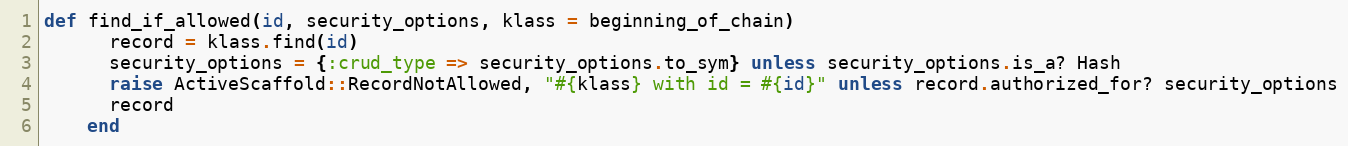
Language: Ruby
def find_if_allowed(id, security_options, klass = beginning_of_chain)
      record = klass.find(id)
      security_options = {:crud_type => security_options.to_sym} unless security_options.is_a? Hash
      raise ActiveScaffold::RecordNotAllowed, "#{klass} with id = #{id}" unless record.authorized_for? security_options
      record
    end